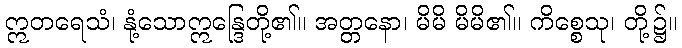
ဣတရေသံ၊ နုံ့သောဣန္ဒြေတို့၏။ အတ္တနော၊ မိမိ မိမိ၏။ ကိစ္စေသု၊ တို့၌။